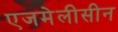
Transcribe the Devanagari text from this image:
एजमेलीसीन